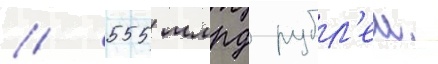
/ 555 млрд рубл'еи.